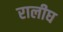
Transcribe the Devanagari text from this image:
रालीघ